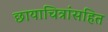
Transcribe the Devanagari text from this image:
छायाचित्रांसहित